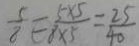
\frac { 5 } { 8 } = \frac { 5 \times 5 } { 8 \times 5 } = \frac { 2 5 } { 4 0 }